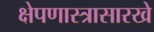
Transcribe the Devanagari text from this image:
क्षेपणास्त्रासारखे